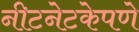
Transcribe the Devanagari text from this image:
नीटनेटकेपणे